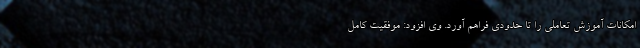
امکانات آموزش تعاملی را تا حدودی فراهم آورد. وی افزود: موفقیت کامل